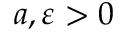
a , \varepsilon > 0